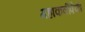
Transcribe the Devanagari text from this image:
महाकवींपैकी